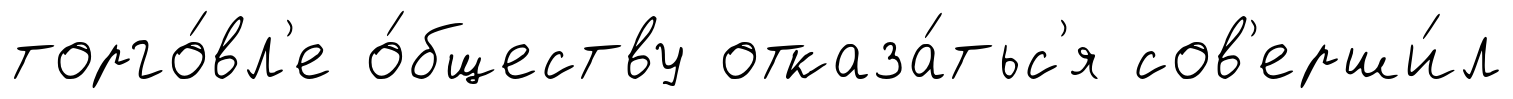
торго́вл'е о́бществу отказа́тьс'я сов'ерши́л